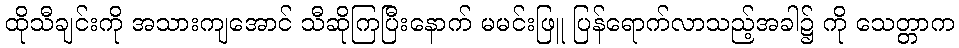
ထိုသီချင်းကို အသားကျအောင် သီဆိုကြပြီးနောက် မမင်းဖြူ ပြန်ရောက်လာသည့်အခါ၌ ကို သေတ္တာက